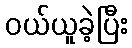
ဝယ်ယူခဲ့ပြီး